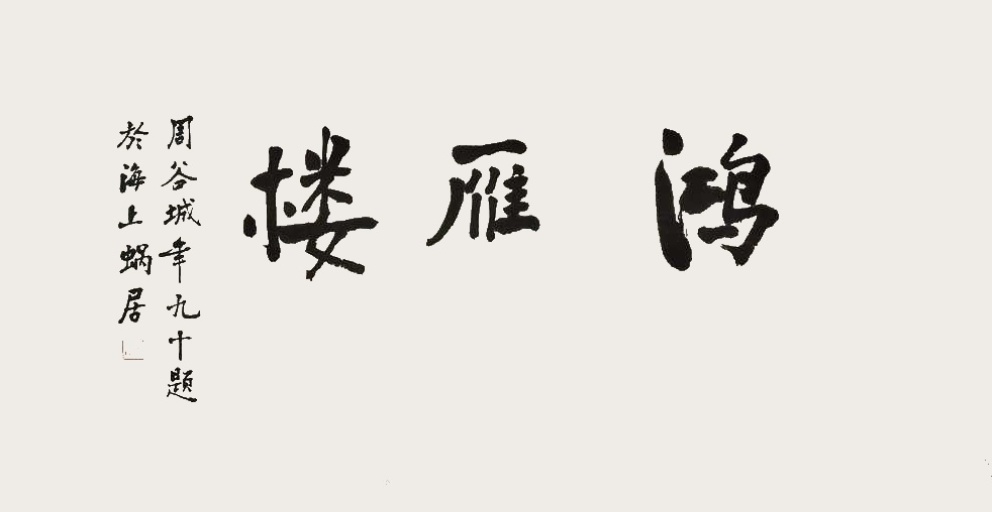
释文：鸿雁楼斋号金庸、周谷城、钱君匋、郎静山